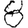
Digit: 8